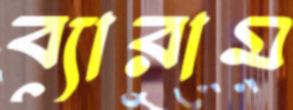
ব্যারাম